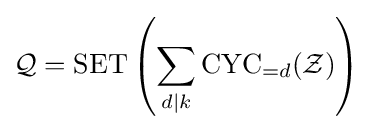
{\mathcal {Q}}=\operatorname {SET} \left(\sum _{d\mid k}\operatorname {CYC} _{=d}({\mathcal {Z}})\right)